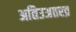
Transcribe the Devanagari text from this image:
अतिउअतरव्र